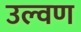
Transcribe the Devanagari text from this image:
उल्वण